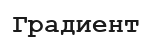
Градиент